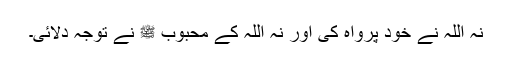
نہ اللہ نے خود پرواہ کی اور نہ اللہ کے محبوب ﷺ نے توجہ دلائی۔